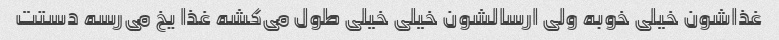
غذاشون خیلی خوبه ولی ارسالشون خیلی خیلی طول می‌کشه غذا یخ می‌رسه دستت